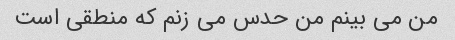
من می بینم من حدس می زنم که منطقی است